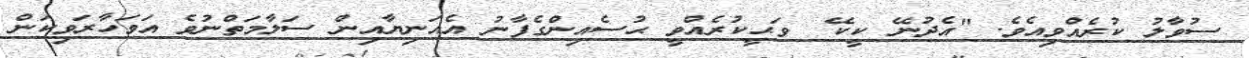
ސުވާލު ކުރެއްވިއެވެ. "އެދުނޭ ކީކޭ  ވަޙީކުރެއްވީ ޙުސެއިންގެފާނު އެއަނިޔާއިން ސަލާމަތްނުވެ އަވަހާރަވިކަން